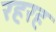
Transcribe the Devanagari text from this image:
रहरह